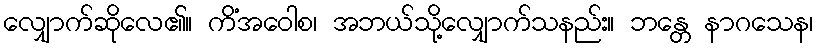
လျှောက်ဆိုလေ၏။ ကိံအဝေါစ၊ အဘယ်သို့လျှောက်သနည်း။ ဘန္တေ နာဂသေန၊